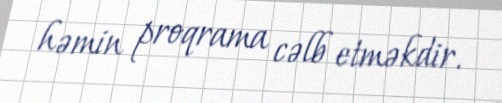
həmin proqrama cəlb etməkdir.